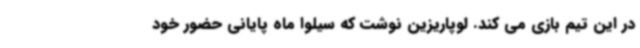
در این تیم بازی می کند. لوپاریزین نوشت که سیلوا ماه پایانی حضور خود